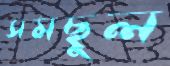
সমছুল